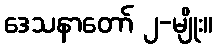
ဒေသနာတော် ၂-မျိုး။